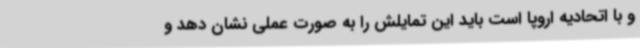
و با اتحادیه اروپا است باید این تمایلش را به صورت عملی نشان دهد و